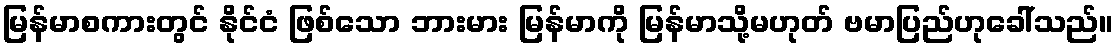
မြန်မာစကားတွင် နိုင်ငံ ဖြစ်သော ဘားမား မြန်မာကို မြန်မာသို့မဟုတ် ဗမာပြည်ဟုခေါ်သည်။